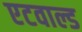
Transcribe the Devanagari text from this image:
एटवाल्ड